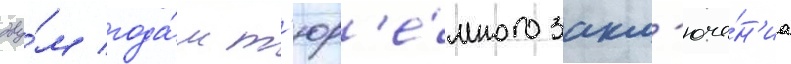
дву́м года́м т'юр'е́много закл'юче́н'иа